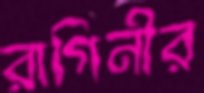
রাগিনীর